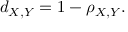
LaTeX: d _ { X , Y } = 1 - \rho _ { X , Y } .